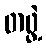
တဖွဲ့